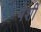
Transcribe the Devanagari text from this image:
पेशीं